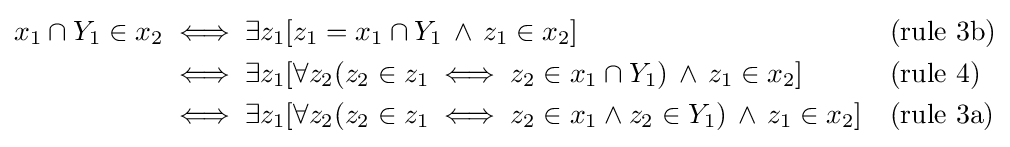
{\begin{alignedat}{2}x_{1}\cap Y_{1}\in x_{2}&\iff \exists z_{1}[z_{1}=x_{1}\cap Y_{1}\,\land \,z_{1}\in x_{2}]&&{\text{(rule 3b)}}\\&\iff \exists z_{1}[\forall z_{2}(z_{2}\in z_{1}\iff z_{2}\in x_{1}\cap Y_{1})\,\land \,z_{1}\in x_{2}]&&{\text{(rule 4)}}\\&\iff \exists z_{1}[\forall z_{2}(z_{2}\in z_{1}\iff z_{2}\in x_{1}\land z_{2}\in Y_{1})\,\land \,z_{1}\in x_{2}]\quad &&{\text{(rule 3a)}}\\\end{alignedat}}